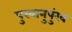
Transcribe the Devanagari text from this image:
पुखानुपुंख